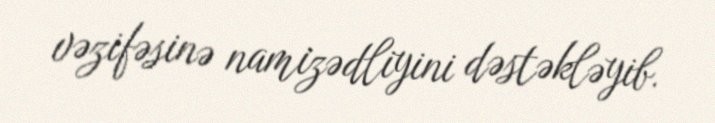
vəzifəsinə namizədliyini dəstəkləyib.